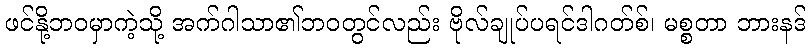
ဖင်နို့ဘဝမှာကဲ့သို့ အက်ဂါသာ၏ဘဝတွင်လည်း ဗိုလ်ချုပ်ပရင်ဒါဂတ်စ်၊ မစ္စတာ ဘားနဒ်